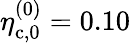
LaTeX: \eta_{\mathrm{c},0}^{(0)}=0.10